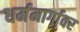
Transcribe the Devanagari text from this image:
धर्ममार्गावर